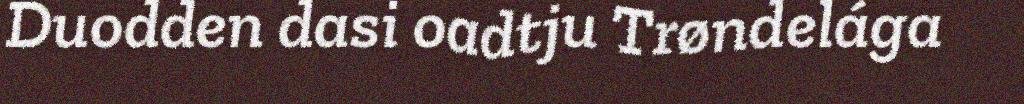
Duodden dasi oadtju Trøndelága